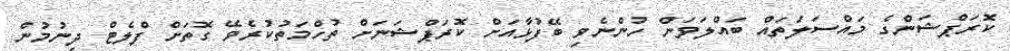
ކޮރަޕްޝަންގެ މައްސަލަތައް ބައްލަވަން ހުންނެވި ބޭފުޅާއަށް ކޮރަޕްޝަނަށް ތުހްމަތުކުރެވޭ ގޮތަށް ފްލެޓް ދިނުމުން